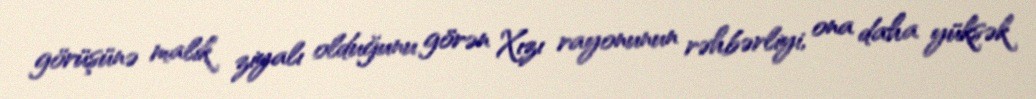
görüşünə malik ziyalı olduğunu görən Xızı rayonunun rəhbərliyi, ona daha yüksək